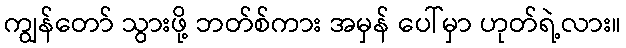
ကျွန်တော် သွားဖို့ ဘတ်စ်ကား အမှန် ပေါ်မှာ ဟုတ်ရဲ့လား။